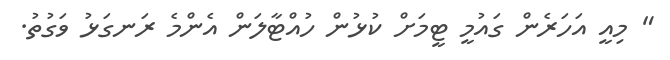
" މިއީ އަހަރެން ގައުމީ ޓީމަށް ކުޅުން ހުއްޓާލަން އެންމެ ރަނގަޅު ވަގުތު.